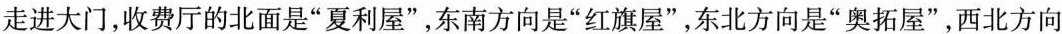
走进大门，收费厅的北面是”夏利屋”，东南方向是”红旗屋”，东北方向是”奥拓屋”，西北方向